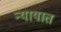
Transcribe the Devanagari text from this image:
न्यायात